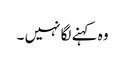
وہ کہنے لگا نہیں ۔